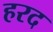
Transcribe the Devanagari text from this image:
हरद